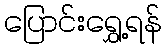
ပြောင်းရွှေ့ရန်